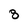
Character: 8